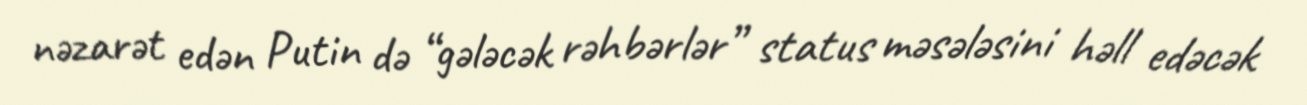
nəzarət edən Putin də “gələcək rəhbərlər” status məsələsini həll edəcək